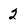
Character: 2